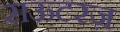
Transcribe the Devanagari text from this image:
राऊटरज़